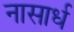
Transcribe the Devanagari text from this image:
नासार्ध